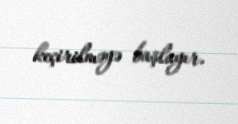
keçirilməyə başlayır.